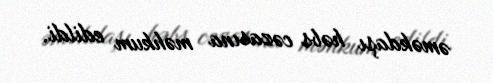
əməkdaşı həbs cəzasına məhkum edildi.